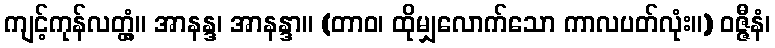
ကျင့်ကုန်လတ္တံ့။ အာနန္ဒ၊ အာနန္ဒာ။ (တာဝ၊ ထိုမျှလောက်သော ကာလပတ်လုံး။) ဝဇ္ဇီနံ၊